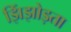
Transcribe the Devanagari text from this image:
झिंझोड़ता